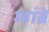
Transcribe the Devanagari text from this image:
म्हांब्रे